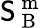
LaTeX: \mathsf{S}_{\mathrm{{~B~}}}^{\mathrm{{~m~}}}